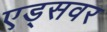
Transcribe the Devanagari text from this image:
एड्‌सवर